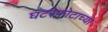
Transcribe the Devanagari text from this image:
घटस्फोटाच्या